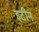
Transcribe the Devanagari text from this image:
इटीन